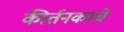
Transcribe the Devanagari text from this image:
कीर्तनकाचे